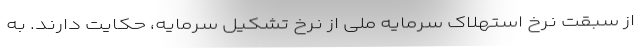
از سبقت نرخ استهلاک سرمایه ملی از نرخ تشکیل سرمایه، حکایت دارند. به